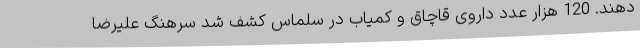
دهند. 120 هزار عدد داروی قاچاق و کمیاب در سلماس کشف شد سرهنگ علیرضا